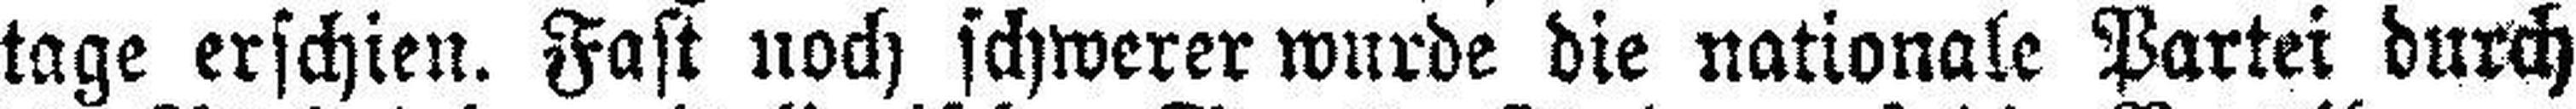
tage erschien. Fast noch schwerer wurde die nationale Partei durch